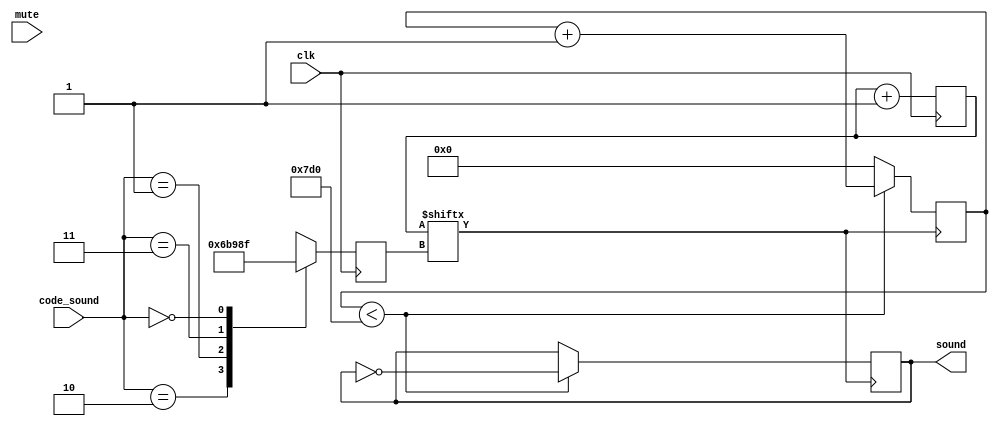
//
module sound_controller (
                input wire       clk,          // System clock.
                input wire       mute,         // Silence sound output.
                input wire [1:0] code_sound,   // Play this code sound.
                output reg      sound         // Output in PWM of sound.
             );

    // Sounds definition.
    parameter [1:0] ping = 2'b10;
    parameter [1:0] pong = 2'b01;
    parameter [1:0] go   = 2'b11;
    parameter [1:0] stop = 2'b00;

    // Registers.
    reg [31:0] counter = 0;
    reg [4:0] frec = 10;
    reg [31:0] duration;

    always @(posedge clk)
    begin
        counter = counter + 1;

        //if (mute)
        //    sound <= 1'b0;
        //else
			case (code_sound)
				ping:
                    begin
                        frec <= 13;
                    end
				pong:
                    begin
                        frec <= 14;
                    end
			 	go:
                    begin
                        frec <= 12;
                    end
				stop:
                    begin
                        frec <= 15;
                    end
			endcase
    end

    always @(posedge counter[frec])
    begin
            if (duration < 2000)
            begin
                sound <= ~sound;
                duration <= duration + 1;
            end
            else
                duration <= 0;
    end

endmodule